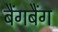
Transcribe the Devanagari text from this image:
बैंगबैंग